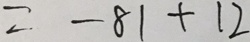
= - 8 1 + 1 2